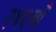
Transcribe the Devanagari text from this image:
२४६वाँ